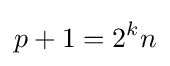
p+1=2^{k}n